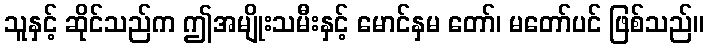
သူနှင့် ဆိုင်သည်က ဤအမျိုးသမီးနှင့် မောင်နှမ တော်၊ မတော်ပင် ဖြစ်သည်။